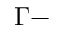
\Gamma -